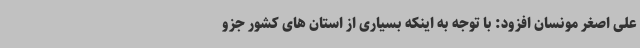
علی اصغر مونسان افزود: با توجه به اینکه بسیاری از استان های کشور جزو